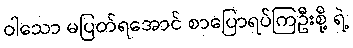
ဝါသော မပြတ်ရအောင် စာပြောရပ်ကြဦးစို့ ရဲ့